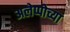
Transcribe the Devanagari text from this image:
अलेप्पोच्या